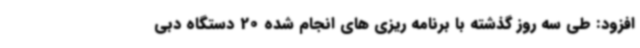
افزود: طی سه روز گذشته با برنامه ریزی های انجام شده 20 دستگاه دبی